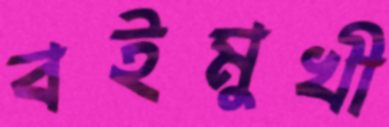
বইমুখী